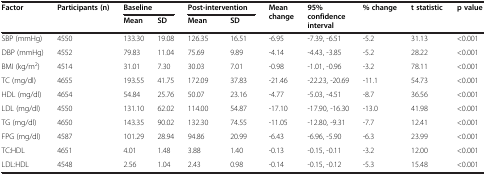
<table><thead><tr><td rowspan="2"><b>Factor</b></td><td rowspan="2"><b>Participants (n)</b></td><td colspan="2"><b>Baseline</b></td><td colspan="2"><b>Post-intervention</b></td><td rowspan="2"><b>Mean change</b></td><td rowspan="2"><b>95% confidence interval</b></td><td rowspan="2"><b>% change</b></td><td rowspan="2"><b>t statistic</b></td><td rowspan="2"><b>p value</b></td></tr><tr><td><b>Mean</b></td><td><b>SD</b></td><td><b>Mean</b></td><td><b>SD</b></td></tr></thead><tbody><tr><td>SBP (mmHg)</td><td>4550</td><td>133.30</td><td>19.08</td><td>126.35</td><td>16.51</td><td>-6.95</td><td>-7.39, -6.51</td><td>-5.2</td><td>31.13</td><td>&lt;0.001</td></tr><tr><td>DBP (mmHg)</td><td>4552</td><td>79.83</td><td>11.04</td><td>75.69</td><td>9.89</td><td>-4.14</td><td>-4.43, -3.85</td><td>-5.2</td><td>28.22</td><td>&lt;0.001</td></tr><tr><td>BMI (kg/m<sup>2</sup>)</td><td>4514</td><td>31.01</td><td>7.30</td><td>30.03</td><td>7.01</td><td>-0.98</td><td>-1.01, -0.96</td><td>-3.2</td><td>78.11</td><td>&lt;0.001</td></tr><tr><td>TC (mg/dl)</td><td>4655</td><td>193.55</td><td>41.75</td><td>172.09</td><td>37.83</td><td>-21.46</td><td>-22.23, -20.69</td><td>-11.1</td><td>54.73</td><td>&lt;0.001</td></tr><tr><td>HDL (mg/dl)</td><td>4654</td><td>54.84</td><td>25.76</td><td>50.07</td><td>23.16</td><td>-4.77</td><td>-5.03, -4.51</td><td>-8.7</td><td>36.56</td><td>&lt;0.001</td></tr><tr><td>LDL (mg/dl)</td><td>4550</td><td>131.10</td><td>62.02</td><td>114.00</td><td>54.87</td><td>-17.10</td><td>-17.90, -16.30</td><td>-13.0</td><td>41.98</td><td>&lt;0.001</td></tr><tr><td>TG (mg/dl)</td><td>4650</td><td>143.35</td><td>90.02</td><td>132.30</td><td>74.55</td><td>-11.05</td><td>-12.80, -9.31</td><td>-7.7</td><td>12.41</td><td>&lt;0.001</td></tr><tr><td>FPG (mg/dl)</td><td>4587</td><td>101.29</td><td>28.94</td><td>94.86</td><td>20.99</td><td>-6.43</td><td>-6.96, -5.90</td><td>-6.3</td><td>23.99</td><td>&lt;0.001</td></tr><tr><td>TC:HDL</td><td>4651</td><td>4.01</td><td>1.48</td><td>3.88</td><td>1.40</td><td>-0.13</td><td>-0.15, -0.11</td><td>-3.2</td><td>12.00</td><td>&lt;0.001</td></tr><tr><td>LDL:HDL</td><td>4548</td><td>2.56</td><td>1.04</td><td>2.43</td><td>0.98</td><td>-0.14</td><td>-0.15, -0.12</td><td>-5.3</td><td>15.48</td><td>&lt;0.001</td></tr></tbody></table>